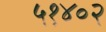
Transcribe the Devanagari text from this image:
५१४०२